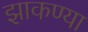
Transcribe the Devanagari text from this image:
झाकण्या